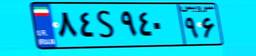
۲۱S۳۲۸۷۵